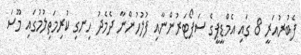
ފެބުރުއަރީ 8 ގައި އެމްޑީޕީގެ ސަޕޯޓަރުންނާއި ފުލުހުންނާ ދެމެދު ހިނގި ކުރިމަތިލުމުގައި މޫސަ